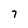
Character: 7